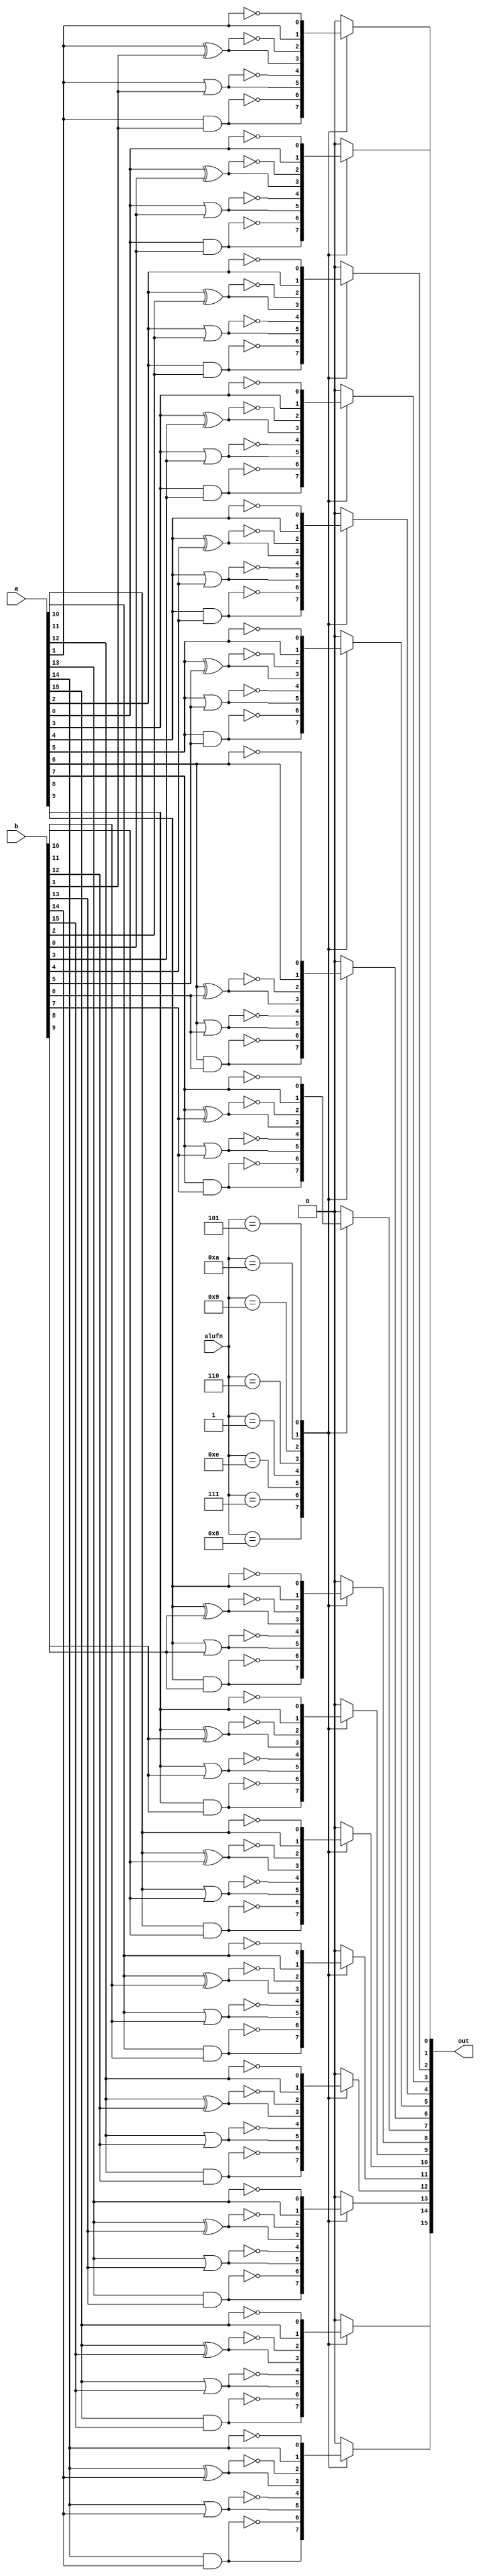
/*
   This file was generated automatically by the Mojo IDE version B1.3.6.
   Do not edit this file directly. Instead edit the original Lucid source.
   This is a temporary file and any changes made to it will be destroyed.
*/

module boolean_16 (
    input [3:0] alufn,
    input [15:0] a,
    input [15:0] b,
    output reg [15:0] out
  );
  
  
  
  integer i;
  
  always @* begin
    out = 16'h0000;
    for (i = 1'h0; i < 5'h10; i = i + 1) begin
      
      case (alufn[0+3-:4])
        4'h8: begin
          out[(i)*1+0-:1] = a[(i)*1+0-:1] & b[(i)*1+0-:1];
        end
        4'h7: begin
          out[(i)*1+0-:1] = ~(a[(i)*1+0-:1] & b[(i)*1+0-:1]);
        end
        4'he: begin
          out[(i)*1+0-:1] = a[(i)*1+0-:1] | b[(i)*1+0-:1];
        end
        4'h1: begin
          out[(i)*1+0-:1] = ~(a[(i)*1+0-:1] | b[(i)*1+0-:1]);
        end
        4'h6: begin
          out[(i)*1+0-:1] = a[(i)*1+0-:1] ^ b[(i)*1+0-:1];
        end
        4'h9: begin
          out[(i)*1+0-:1] = ~(a[(i)*1+0-:1] ^ b[(i)*1+0-:1]);
        end
        4'ha: begin
          out[(i)*1+0-:1] = a[(i)*1+0-:1];
        end
        4'h5: begin
          out[(i)*1+0-:1] = ~a[(i)*1+0-:1];
        end
      endcase
    end
  end
endmodule